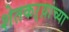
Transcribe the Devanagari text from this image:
शेतकऱ्य़ांच्या